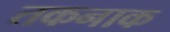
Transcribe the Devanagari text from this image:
तकनाक